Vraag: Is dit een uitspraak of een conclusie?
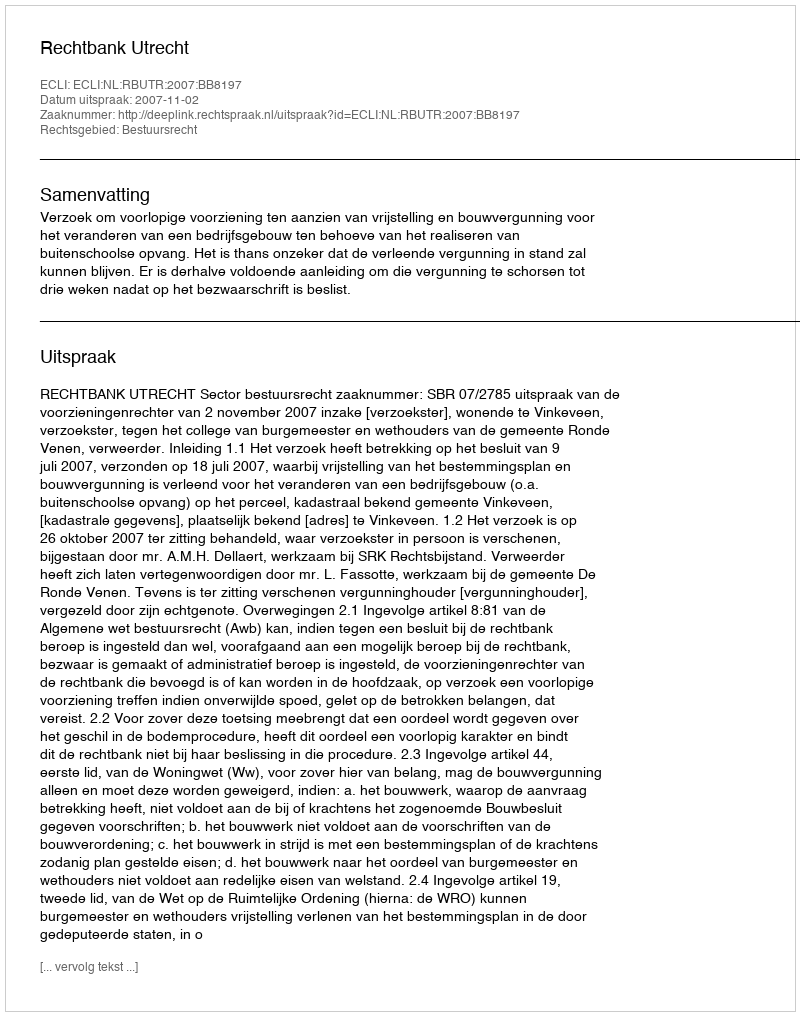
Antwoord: Uitspraak